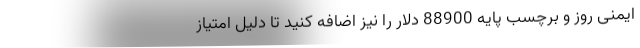
ایمنی روز و برچسب پایه 88900 دلار را نیز اضافه کنید تا دلیل امتیاز